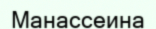
Манассеина